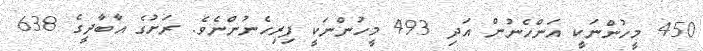
450 މީހުންނަކީ އަންހެނުން އަދި 493 މީހުންނަކީ ފިރިހެނުންނެވެ. ރަށުގެ އާބާދީގެ 638